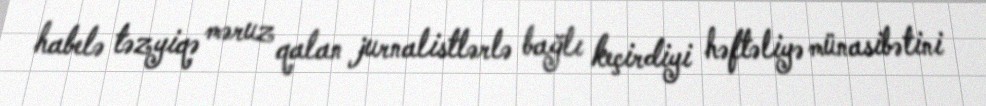
habelə təzyiqə məruz qalan jurnalistlərlə bağlı keçirdiyi həftəliyə münasibətini